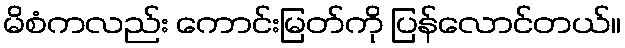
မိစံကလည်း ကောင်းမြတ်ကို ပြန်လောင်တယ်။